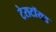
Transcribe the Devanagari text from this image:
टेराटॉयड